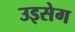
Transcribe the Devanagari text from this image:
उइसेग